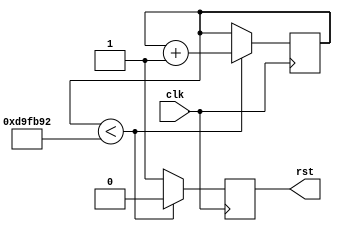
`timescale 1ns / 1ps
//////////////////////////////////////////////////////////////////////////////////
// Company: 
// Engineer: 
// 
// Design Name: 
// Module Name:    pwr_rst 
// Project Name: 
// Target Devices: 
// Tool versions: 
// Description: 
//
// Dependencies: 
//
// Revision: 
// Revision 0.01 - File Created
// Additional Comments: 
//
//////////////////////////////////////////////////////////////////////////////////
module pwr_rst
	#(
		parameter [31 : 0] MAIN_CLOCK_PERIOD = 7,
		parameter [31 : 0] PWR_RST_DELAY = 100000000
	)
	(
		input clk,
		output rst
    );
	
	localparam [31 : 0] DELAY_CLCOK_NUM = PWR_RST_DELAY / MAIN_CLOCK_PERIOD;
	
	reg [31 : 0] delay_clock_count = 0;
	reg rst_reg = 0;
	assign rst = rst_reg;
	
	always @ (posedge clk) begin
		if(delay_clock_count < DELAY_CLCOK_NUM) begin
			delay_clock_count <= delay_clock_count + 1;
			rst_reg <= 0;
		end
		else rst_reg <= 1;
	end

	// clk_div clk_div_inst
	// (	// Clock in ports
	// 	.CLK_IN1(clk),      // IN
	// 	// Clock out ports
	// 	.CLK_OUT1(clk_100m),     // OUT
	// 	.LOCKED()
	// );      // OUT
		
endmodule